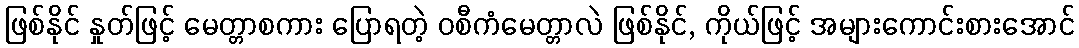
ဖြစ်နိုင် နှုတ်ဖြင့် မေတ္တာစကား ပြောရတဲ့ ဝစီကံမေတ္တာလဲ ဖြစ်နိုင်, ကိုယ်ဖြင့် အများကောင်းစားအောင်